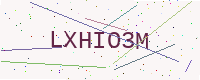
Text: LXHIO3M